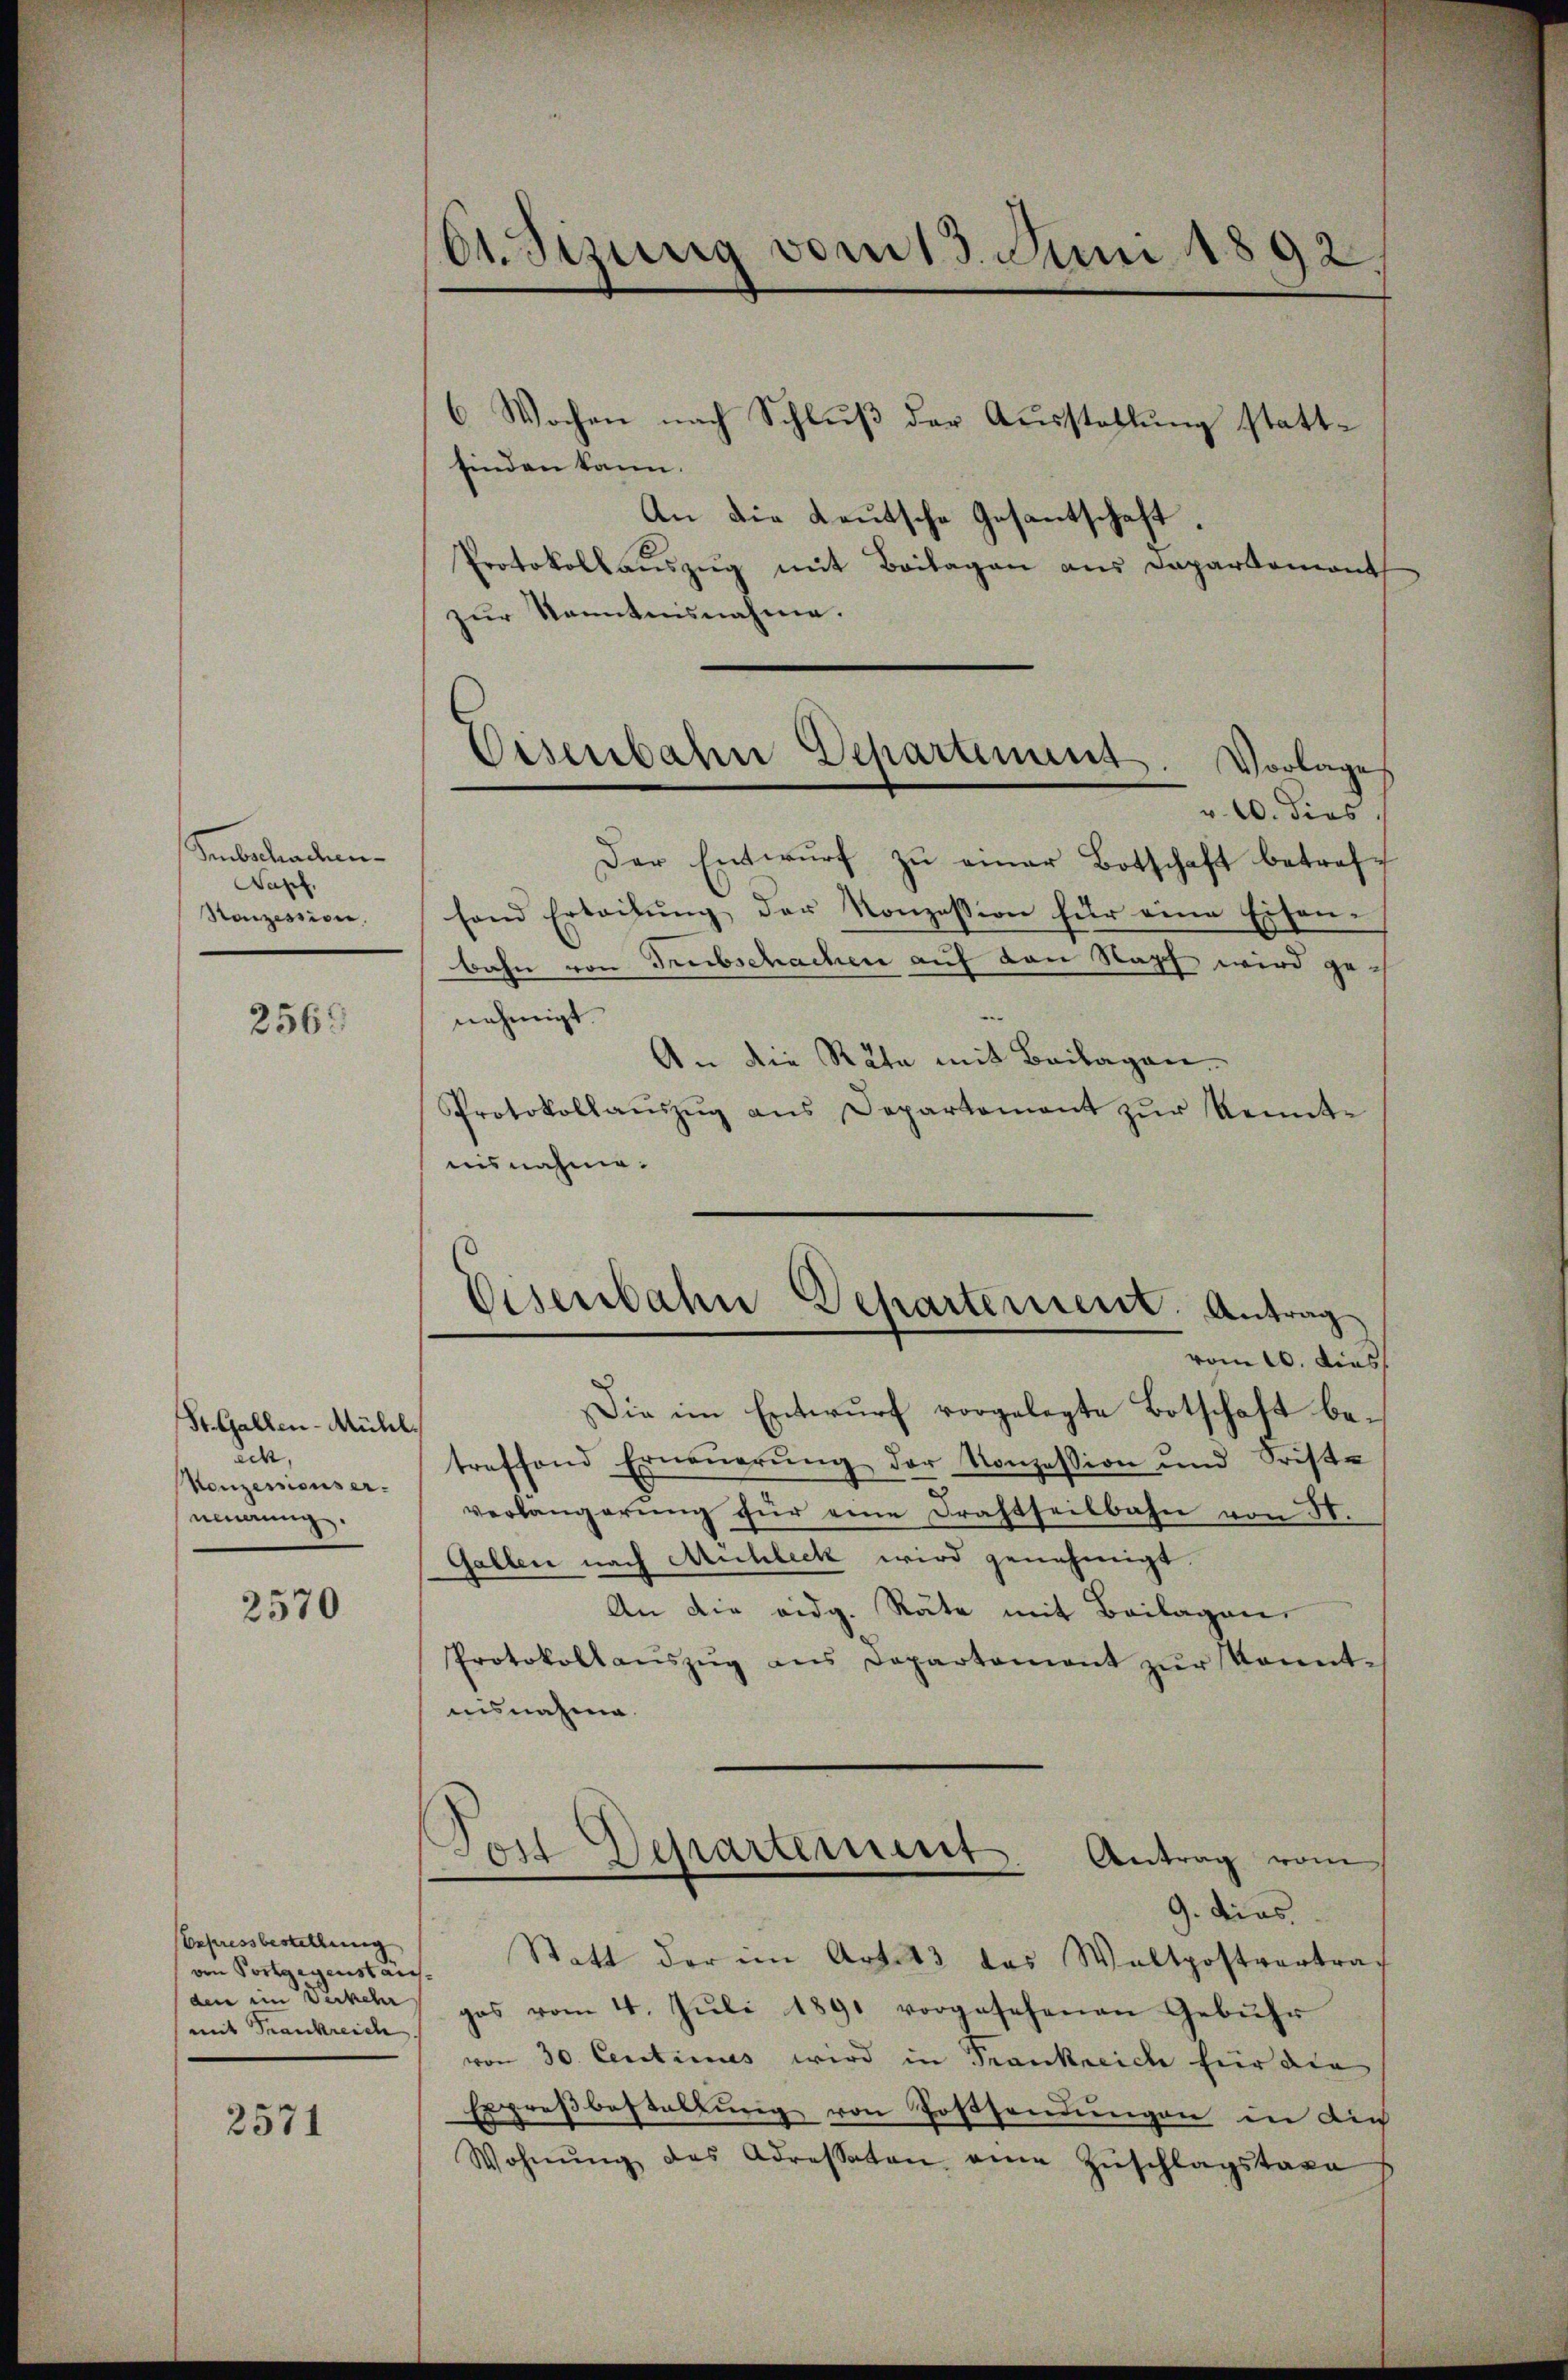
Smbschaden¬
Napf.
Ronzession.

2563

St. Gallen-Mühl.
ach,
Konzessionser
nindung.

2570

Besassbestellung
den im Verkehr
mit Frankreich.

2571

61. Sizung vom 13. Juni 1892.

finden kann.
An die Leutsche Gesantschaft.
Protokollaŭszŭg mit Beilagen aus Dapartemont
zur Kenntnisnahme.
v. 10. dies
Der Entwŭrf zŭ einer Botschaft betreffand Erteilŭng der Konzession für eine Eisenbahn von Trübschachen auf den Kopf wird genehmigt.
An die Räte mit Beilagen.
Protokollaŭszŭg ans Departement zŭr Kenntnisnahme.
vom 10. dies
Die im Entwurf vorgelegte Botschaft betreffend Erneŭerŭng der Konzession und Friste
verlangerung für eine Drahtseitbahn von 50.
Gallen nach Michleck wird genehmigt
An die eidg. Räte mit Beilagen,
Protokollaŭszŭg ans Departament zŭr konnt-
nisnahme.
9. dies
von Portgegenstand. Statt der im Art. 13 das Waltpostvertragas vom 4. Jŭli 1891 vorgesehenen Gebühr
von 30. Centinues wird in Frankreiche hier die
Erpreβbastallŭng von Gossendungen in die
Wohnŭng des Adressaten eine Zŭschlagstaxe

Eisenbahn Departement. Vorlages

Eisenbahn Departement. Antrag

Tost Departement. Antrag vom